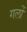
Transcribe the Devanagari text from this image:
गलों